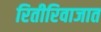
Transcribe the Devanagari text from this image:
रितीरिवाजात